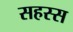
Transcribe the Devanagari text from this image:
सहस्स